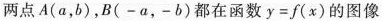
两点A(a，b)，B(-a，-b)都在函数$$y=f(x)$$的图像